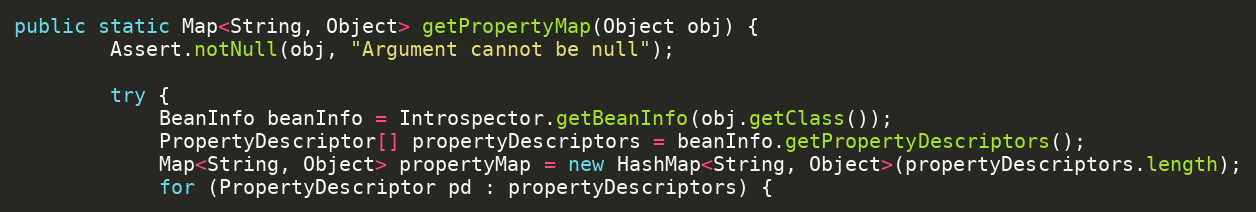
Language: Java
public static Map<String, Object> getPropertyMap(Object obj) {
        Assert.notNull(obj, "Argument cannot be null");

        try {
            BeanInfo beanInfo = Introspector.getBeanInfo(obj.getClass());
            PropertyDescriptor[] propertyDescriptors = beanInfo.getPropertyDescriptors();
            Map<String, Object> propertyMap = new HashMap<String, Object>(propertyDescriptors.length);
            for (PropertyDescriptor pd : propertyDescriptors) {